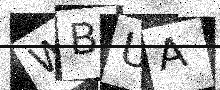
Text: WBUA